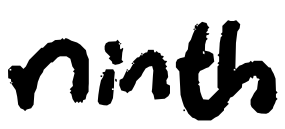
Text: ninth
Cross-out: clean
Writing tool: digital_black